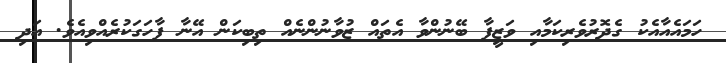
ހަމައެއާއެކު ގެދޮރުވެރިކަމާއި ވަޒީފާ ބޭނުންވާ އެތައް ޒުވާނުންނެއް ތިބިކަން އޭނާ ފާހަގަކުރެއްވިއެވެ. އަދި